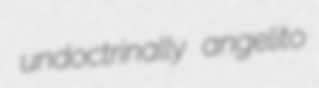
undoctrinally angelito